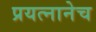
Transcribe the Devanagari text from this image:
प्रयत्नानेच